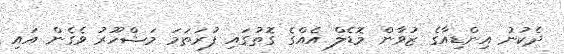
ދެކުނު އިންޑިއާގެ ޒުވާން މޮޑެލް އެއްގެ ގޮތުގައި ފުރަތަމަ މަޝްހޫރު ވެގެން އައި